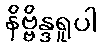
နိဗ္ဗိန္ဒရူပါ